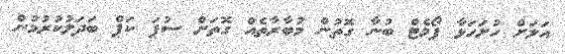
އަލަށް ހުށަހަޅާ ފޯމެޓް ބުނާ ގޮތުން މުބާރާތެއް ގޮތަށް ސުޕަ ކަޕް ބަދަލުކުރުމުން